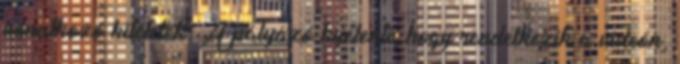
vonatkozó kitételek: A pályázó kijelenti, hogy rendelkezik a videón,